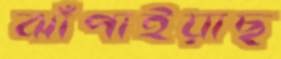
ঝাঁপাইয়াছ